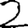
Digit: 2